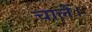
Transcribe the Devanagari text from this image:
चालें।